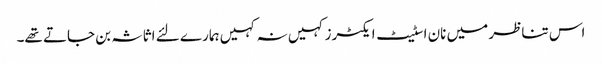
اس تناظر میں نان اسٹیٹ ایکٹرز کہیں نہ کہیں ہمارے لئے اثاثہ بن جاتے تھے۔